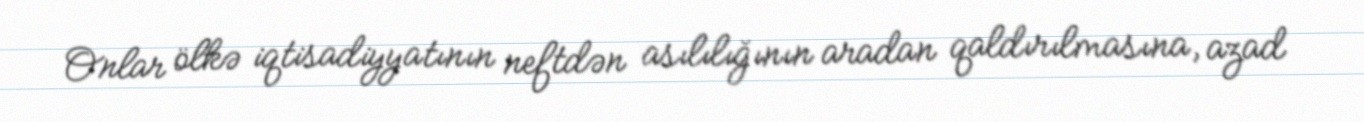
Onlar ölkə iqtisadiyyatının neftdən asılılığının aradan qaldırılmasına, azad